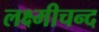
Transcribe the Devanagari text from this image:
लक्ष्मीचन्द